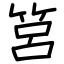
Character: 筥